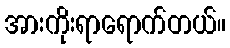
အားကိုးရာရောက်တယ်။